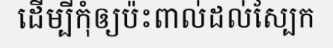
ដើម្បីកុំឲ្យប៉ះពាល់ដល់ស្បែក